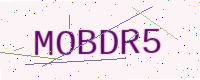
Text: MOBDR5